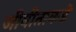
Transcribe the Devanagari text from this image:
जीवीताकडे